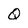
Character: Q